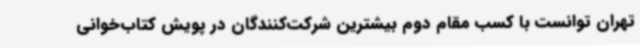
تهران توانست با کسب مقام دوم بیشترین شرکت‌کنندگان در پویش کتاب‌خوانی